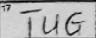
Transcription: TUG